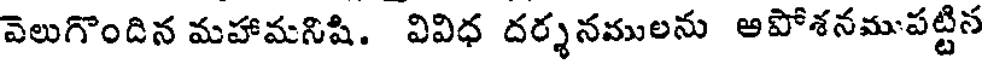
వెలుగొందిన మహామనిషి. వివిధ దర్శనములను అపోశనముపట్టిన